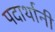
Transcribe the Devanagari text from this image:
पदार्थानी